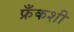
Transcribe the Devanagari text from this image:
फ्रँकशी